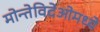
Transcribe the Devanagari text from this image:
मोन्तेविदेओमध्ये